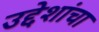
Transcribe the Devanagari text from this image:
उद्देशांचा